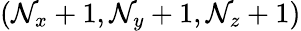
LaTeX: (\mathcal{N}_{x}+1,\mathcal{N}_{y}+1,\mathcal{N}_{z}+1)